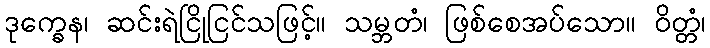
ဒုက္ခေန၊ ဆင်းရဲငြိုငြင်သဖြင့်။ သမ္ဘတံ၊ ဖြစ်စေအပ်သော။ ဝိတ္တံ၊